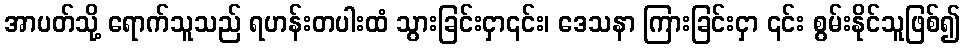
အာပတ်သို့ ရောက်သူသည် ရဟန်းတပါးထံ သွားခြင်းငှာ၎င်း၊ ဒေသနာ ကြားခြင်းငှာ ၎င်း စွမ်းနိုင်သူဖြစ်၍